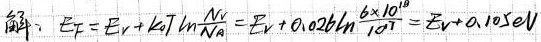
解：$E_F = E_v + kT\ln\frac{N_v}{N_A} = E_v + 0.026\ln\frac{6\times 10^{18}}{10^{17}} = E_v + 0.105eV$